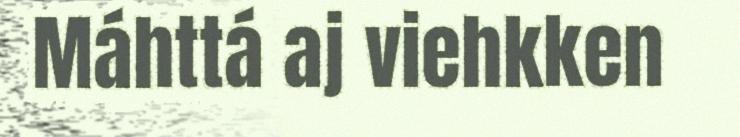
Máhttá aj viehkken